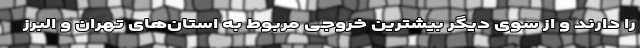
را دارند و از سوی دیگر بیشترین خروجی مربوط به استان‌های تهران و البرز